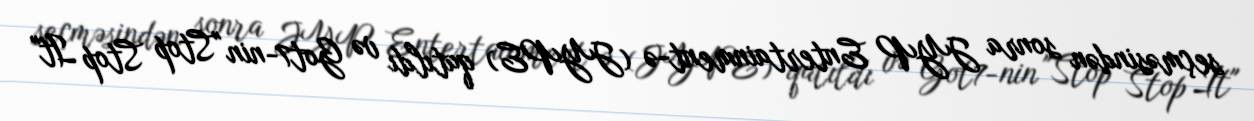
seçməsindən sonra JYP Entertainment-ə (JYPE) qatıldı və Got7-nin "Stop Stop It"